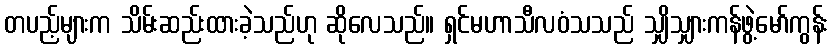
တပည့်များက သိမ်းဆည်းထားခဲ့သည်ဟု ဆိုလေသည်။ ရှင်မဟာသီလဝံသသည် သျှိသျှားကန်ဖွဲ့မော်ကွန်း